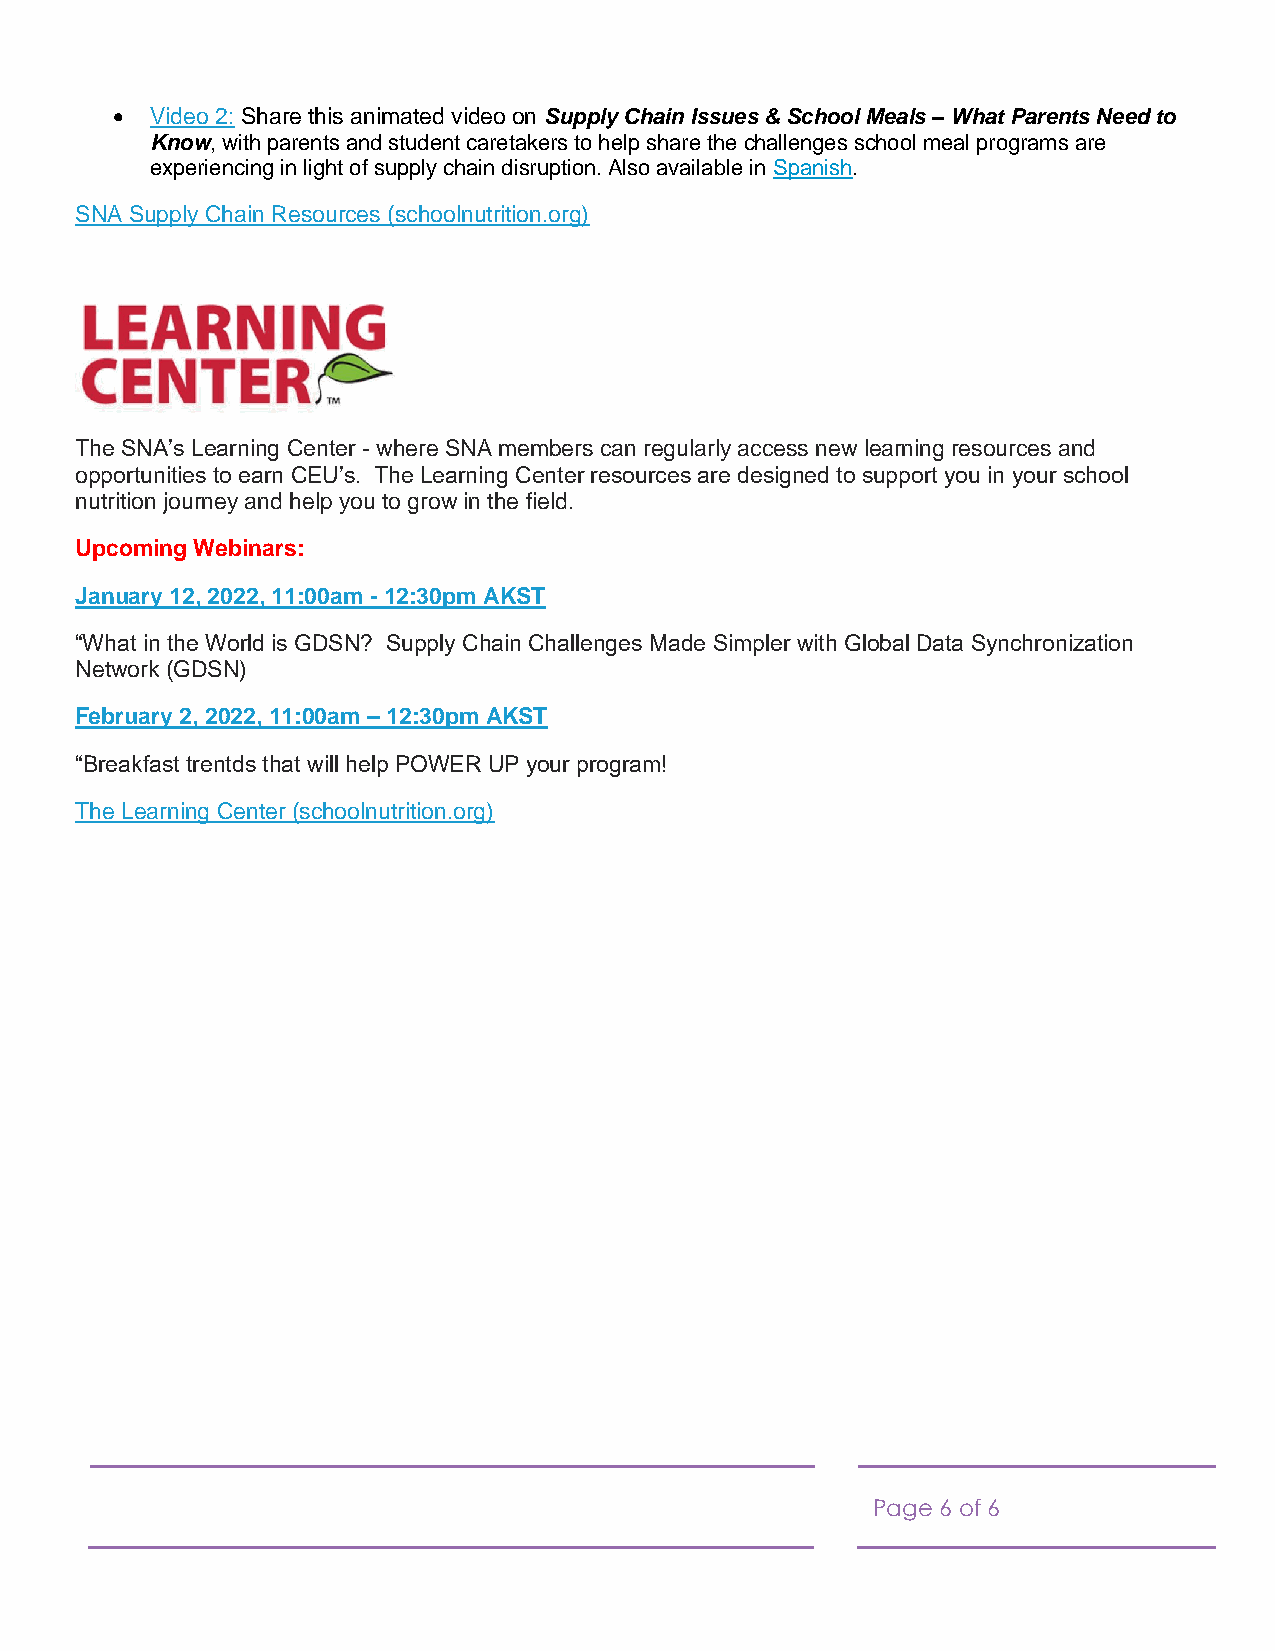
•  Video 2: Share this animated video on Supply Chain Issues & School Meals – What Parents Need to
 Know, with parents and student caretakers to help share the challenges school meal programs are
 experiencing in light of supply chain disruption. Also available in Spanish.
 SNA Supply Chain Resources (schoolnutrition.org)
 The SNA’s Learning Center - where SNA members can regularly access new learning resources and
 opportunities to earn CEU’s. The Learning Center resources are designed to support you in your school
 nutrition journey and help you to grow in the field.
 Upcoming Webinars:
 January 12, 2022, 11:00am - 12:30pm AKST
 “What in the World is GDSN? Supply Chain Challenges Made Simpler with Global Data Synchronization
 Network (GDSN)
 February 2, 2022, 11:00am – 12:30pm AKST
 “Breakfast trentds that will help POWER UP your program!
 The Learning Center (schoolnutrition.org)
 Page 6 of 6